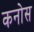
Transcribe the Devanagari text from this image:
कनोस